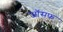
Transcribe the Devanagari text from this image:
जाॅसफ